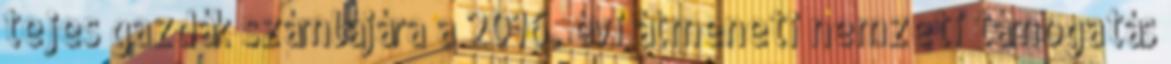
tejes gazdák számlájára a 2016. évi átmeneti nemzeti támogatás